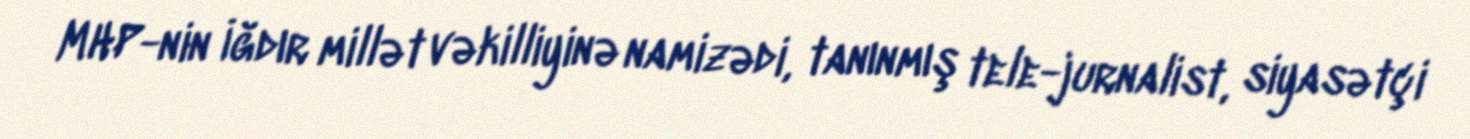
MHP-nin İğdır millət vəkilliyinə namizədi, tanınmış tele-jurnalist, siyasətçi